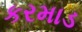
કરમાડ